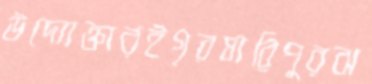
উদ্যোক্তারইগৃরধারিপুরঝ